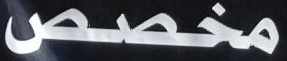
مخصص